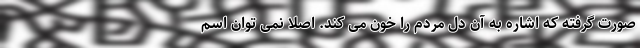
صورت گرفته که اشاره به آن دل مردم را خون می کند. اصلا نمی توان اسم